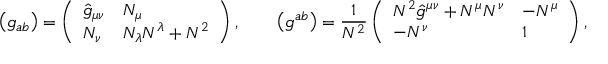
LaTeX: \left( g _ { a b } \right) = \left( \begin{array} { l l } { { \hat { g } _ { \mu \nu } } } & { { N _ { \mu } } } \\ { { N _ { \nu } } } & { { N _ { \lambda } N ^ { \lambda } + N ^ { 2 } } } \end{array} \right) , \qquad \left( g ^ { a b } \right) = \frac 1 { N ^ { 2 } } \left( \begin{array} { l l } { { N ^ { 2 } \hat { g } ^ { \mu \nu } + N ^ { \mu } N ^ { \nu } } } & { { - N ^ { \mu } } } \\ { { - N ^ { \nu } } } & { { 1 } } \end{array} \right) ,